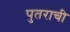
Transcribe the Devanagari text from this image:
पुतराची